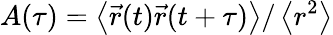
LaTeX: A(\tau)=\left\langle\vec{r}(t)\vec{r}(t+\tau)\right\rangle/\left\langle r^{2}\right\rangle